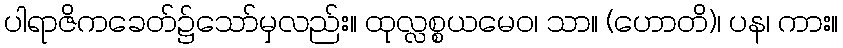
ပါရာဇိကခေတ်၌သော်မှလည်း။ ထုလ္လစ္စယမေဝ၊ သာ။ (ဟောတိ)၊ ပန၊ ကား။